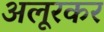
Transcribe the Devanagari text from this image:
अलूरकर